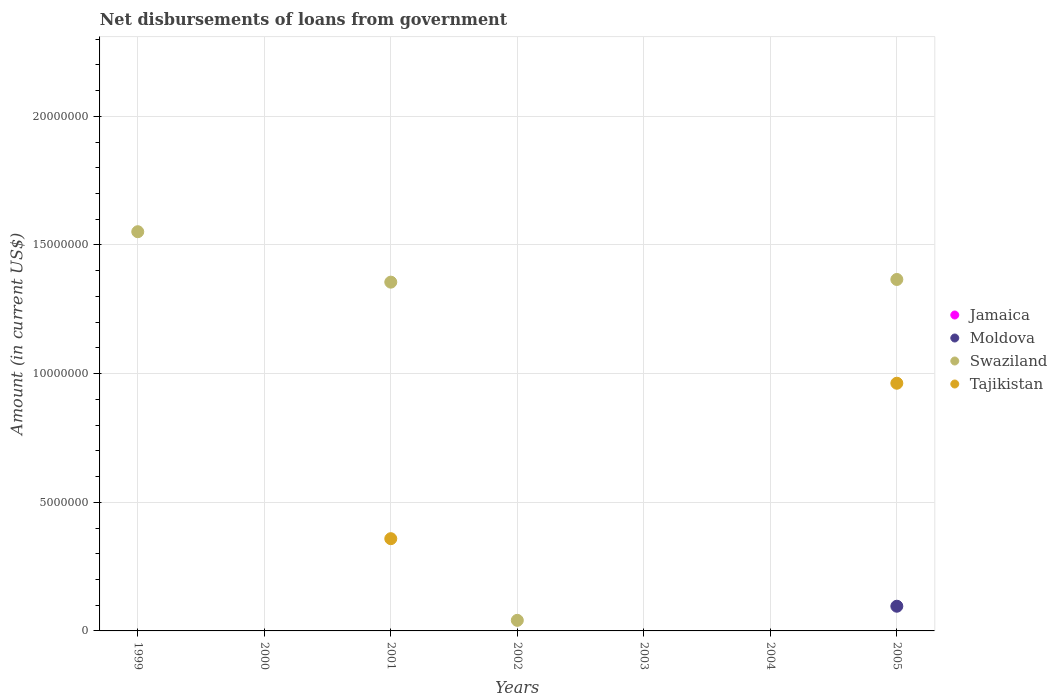
| Years | Jamaica | Moldova | Swaziland | Tajikistan |
 | --- | --- | --- | --- | --- |
 | 1999 | -1.36e+08 | -9.43e+06 | 1.55e+07 | -1.37e+07 |
 | 2000 | -9.57e+07 | -3.79e+06 | -4.26e+06 | -1.54e+07 |
 | 2001 | -1.33e+08 | -7.3e+06 | 1.36e+07 | 3.58e+06 |
 | 2002 | -6.8e+07 | -8.13e+06 | 4.11e+05 | -1.66e+07 |
 | 2003 | -5.54e+07 | -2.09e+06 | -2.92e+06 | -1.32e+06 |
 | 2004 | -7.54e+07 | -3.55e+07 | -8.98e+06 | -2.43e+07 |
 | 2005 | -8.06e+07 | 9.6e+05 | 1.37e+07 | 9.63e+06 |